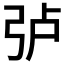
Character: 𱝜